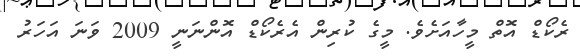
ރެކޯޑް އޮތް މީހާއަށެވެ. މީގެ ކުރިން އެރެކޯޑް އޮންނަނީ 2009 ވަނަ އަހަރު